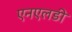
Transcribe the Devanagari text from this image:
एनएलडी